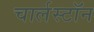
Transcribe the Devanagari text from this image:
चार्लस्टॉन